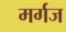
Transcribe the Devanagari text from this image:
मर्गज